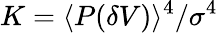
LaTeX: K=\langle P(\delta V)\rangle^{4}/\sigma^{4}